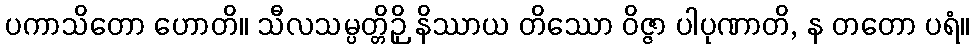
ပကာသိတော ဟောတိ။ သီလသမ္ပတ္တိဉှိ နိဿာယ တိဿော ဝိဇ္ဇာ ပါပုဏာတိ, န တတော ပရံ။